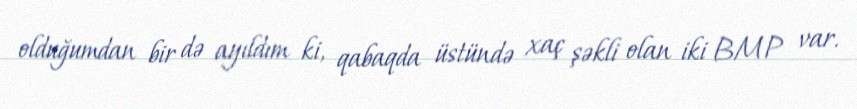
olduğumdan bir də ayıldım ki, qabaqda üstündə xaç şəkli olan iki BMP var.